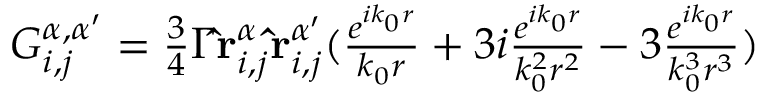
\begin{array} { r } { G _ { i , j } ^ { \alpha , \alpha ^ { \prime } } = \frac { 3 } { 4 } \Gamma \mathbf { \hat { r } } _ { i , j } ^ { \alpha } \mathbf { \hat { r } } _ { i , j } ^ { \alpha ^ { \prime } } ( \frac { e ^ { i k _ { 0 } r } } { k _ { 0 } r } + 3 i \frac { e ^ { i k _ { 0 } r } } { k _ { 0 } ^ { 2 } r ^ { 2 } } - 3 \frac { e ^ { i k _ { 0 } r } } { k _ { 0 } ^ { 3 } r ^ { 3 } } ) } \end{array}